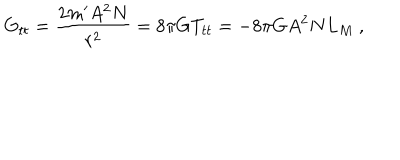
G _ { t t } = \frac { 2 m ^ { \prime } A ^ { 2 } N } { r ^ { 2 } } = 8 \pi G T _ { t t } = - 8 \pi G A ^ { 2 } N L _ { M } \ ,